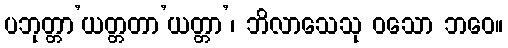
ပဘုတ္တာ’ယတ္တတာ’ယတ္တာ’၊ ဘိလာသေသု ဝသော ဘဝေ။